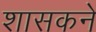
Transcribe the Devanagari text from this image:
शासकने